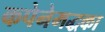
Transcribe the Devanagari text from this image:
कपेनेमद्धका